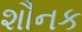
શૌનક